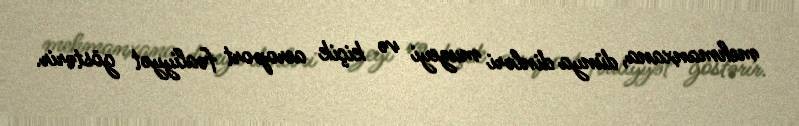
mehmanxana, dünya dinləri muzeyi və kiçik aeroport fəaliyyət göstərir.